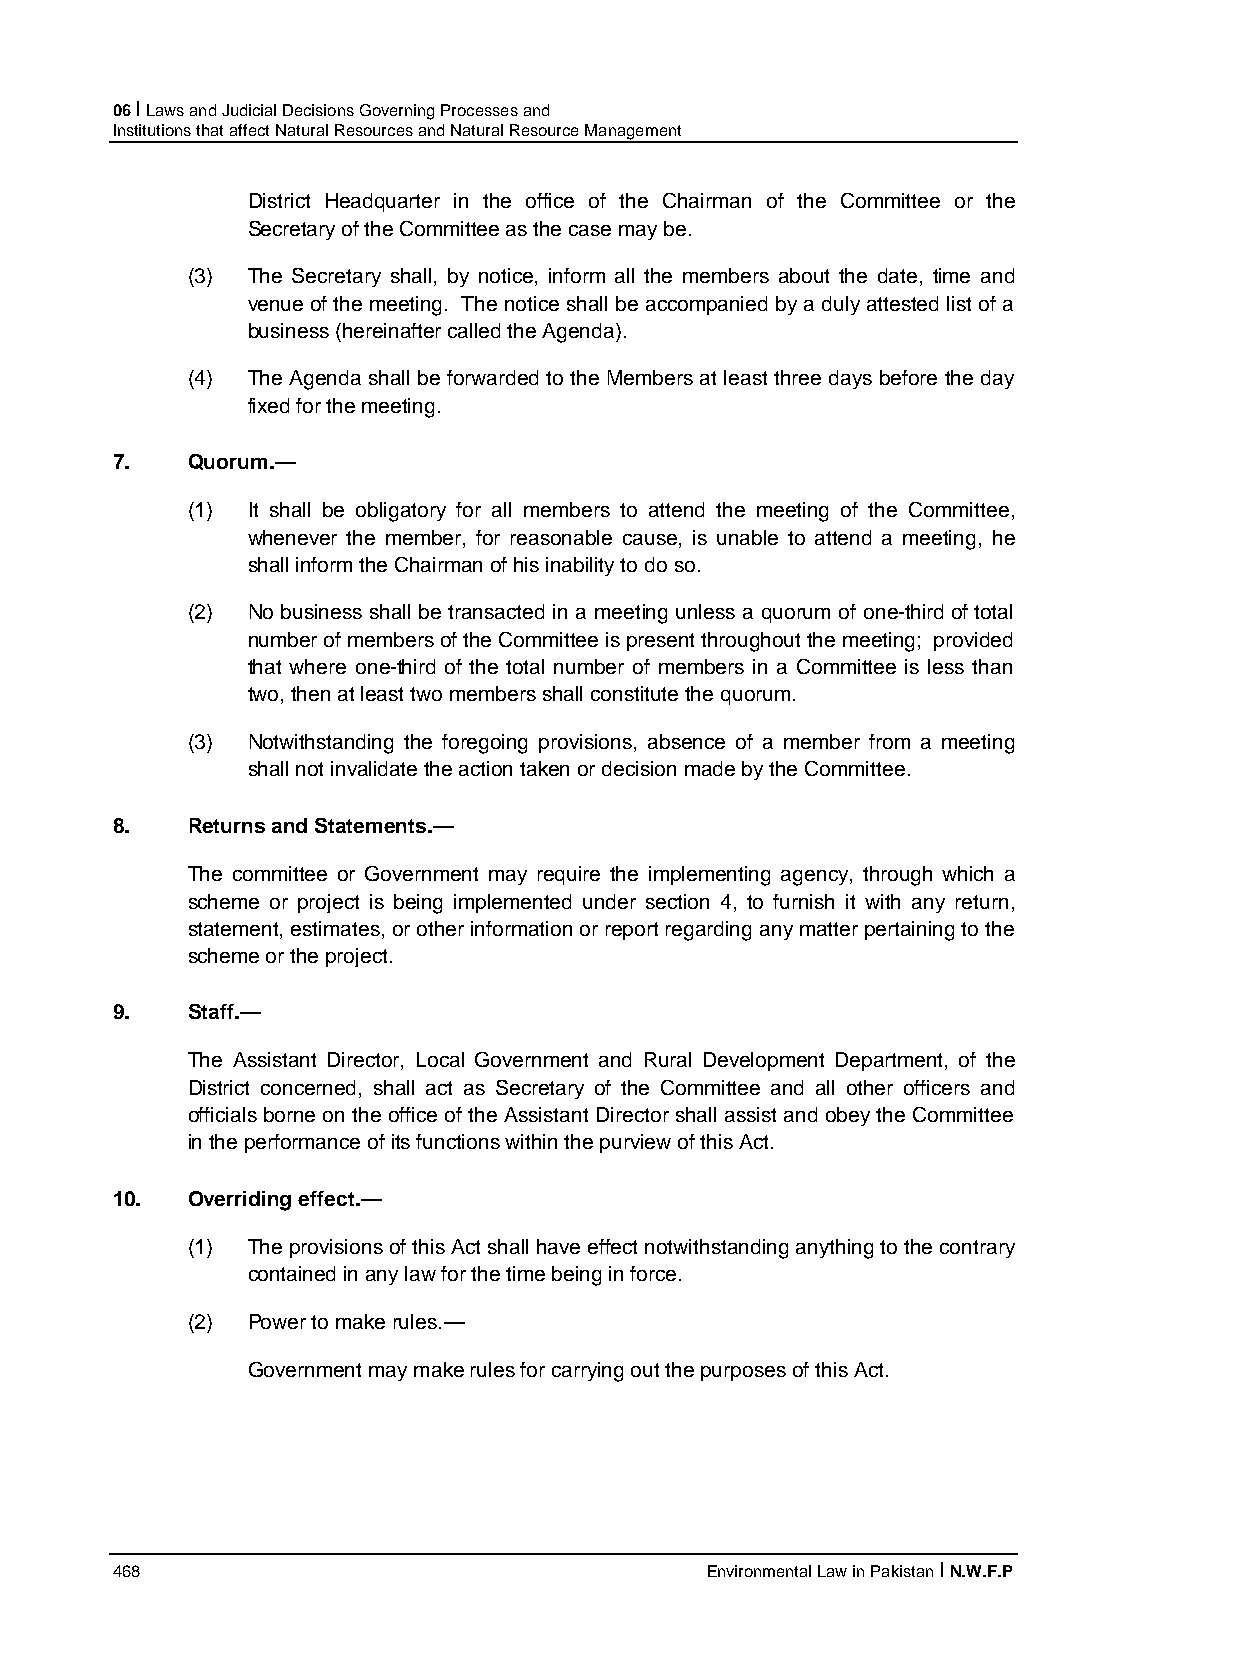
06 I Laws and Judicial Decisions Governing Processes and
 Institutions that affect Natural Resources and Natural Resource Management
 District Headquarter in the office of the Chairman of the Committee or the
 Secretary of the Committee as the case may be.
 (3) The Secretary shall, by notice, inform all the members about the date, time and
 venue of the meeting. The notice shall be accompanied by a duly attested list of a
 business (hereinafter called the Agenda).
 (4) The Agenda shall be forwarded to the Members at least three days before the day
 fixed for the meeting.
 7.   Quorum.—
 (1) It shall be obligatory for all members to attend the meeting of the Committee,
 whenever the member, for reasonable cause, is unable to attend a meeting, he
 shall inform the Chairman of his inability to do so.
 (2) No business shall be transacted in a meeting unless a quorum of one-third of total
 number of members of the Committee is present throughout the meeting; provided
 that where one-third of the total number of members in a Committee is less than
 two, then at least two members shall constitute the quorum.
 (3) Notwithstanding the foregoing provisions, absence of a member from a meeting
 shall not invalidate the action taken or decision made by the Committee.
 8.   Returns and Statements.—
 The committee or Government may require the implementing agency, through which a
 scheme or project is being implemented under section 4, to furnish it with any return,
 statement, estimates, or other information or report regarding any matter pertaining to the
 scheme or the project.
 9.   Staff.—
 The Assistant Director, Local Government and Rural Development Department, of the
 District concerned, shall act as Secretary of the Committee and all other officers and
 officials borne on the office of the Assistant Director shall assist and obey the Committee
 in the performance of its functions within the purview of this Act.
 10.  Overriding effect.—
 (1) The provisions of this Act shall have effect notwithstanding anything to the contrary
 contained in any law for the time being in force.
 (2) Power to make rules.—
 Government may make rules for carrying out the purposes of this Act.
 468                                     Environmental Law in Pakistan I N.W.F.P